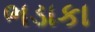
ભડાકા